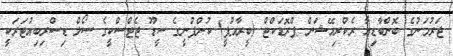
ޖަރުމަނުގެ ބޮންބާޑިއާ ރެކްރިއޭޝަން ޕްރޮޑަކްޓް (ބީރާއުޕީ) ކުންފުނީގެ ސީޑޫ ޖެޓްސްކީގެ ސޯލް ޑިސްރިބިއުޓަރަކީ